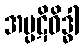
အပ္ပဋိဝိဒ္ဓါ